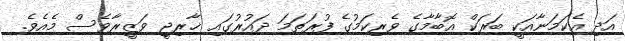
އަދި އެކަމަނާއަކީ ބަރަކް އޮބާމާގެ ވެރިކަމުގެ ފުރަތަމަ ދައުރުގައި ޚާރިޖީ ވަޒީރާވެސް މެއެވެ.